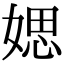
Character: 媤